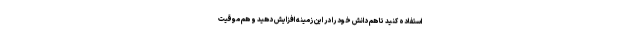
استفاده کنید تا هم دانش خود را در این زمینه افزایش دهید و هم موقیت